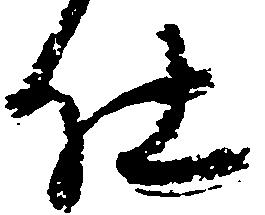
仕